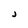
Character: j